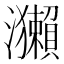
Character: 𤅂